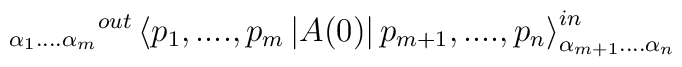
_{\alpha _{1}....\alpha _{m}}{}^{out}\left\langle p_{1},....,p_{m}\left|A(0)\right| p_{m+1},....,p_{n}\right\rangle _{\alpha _{m+1}....\alpha_{n}}^{in}